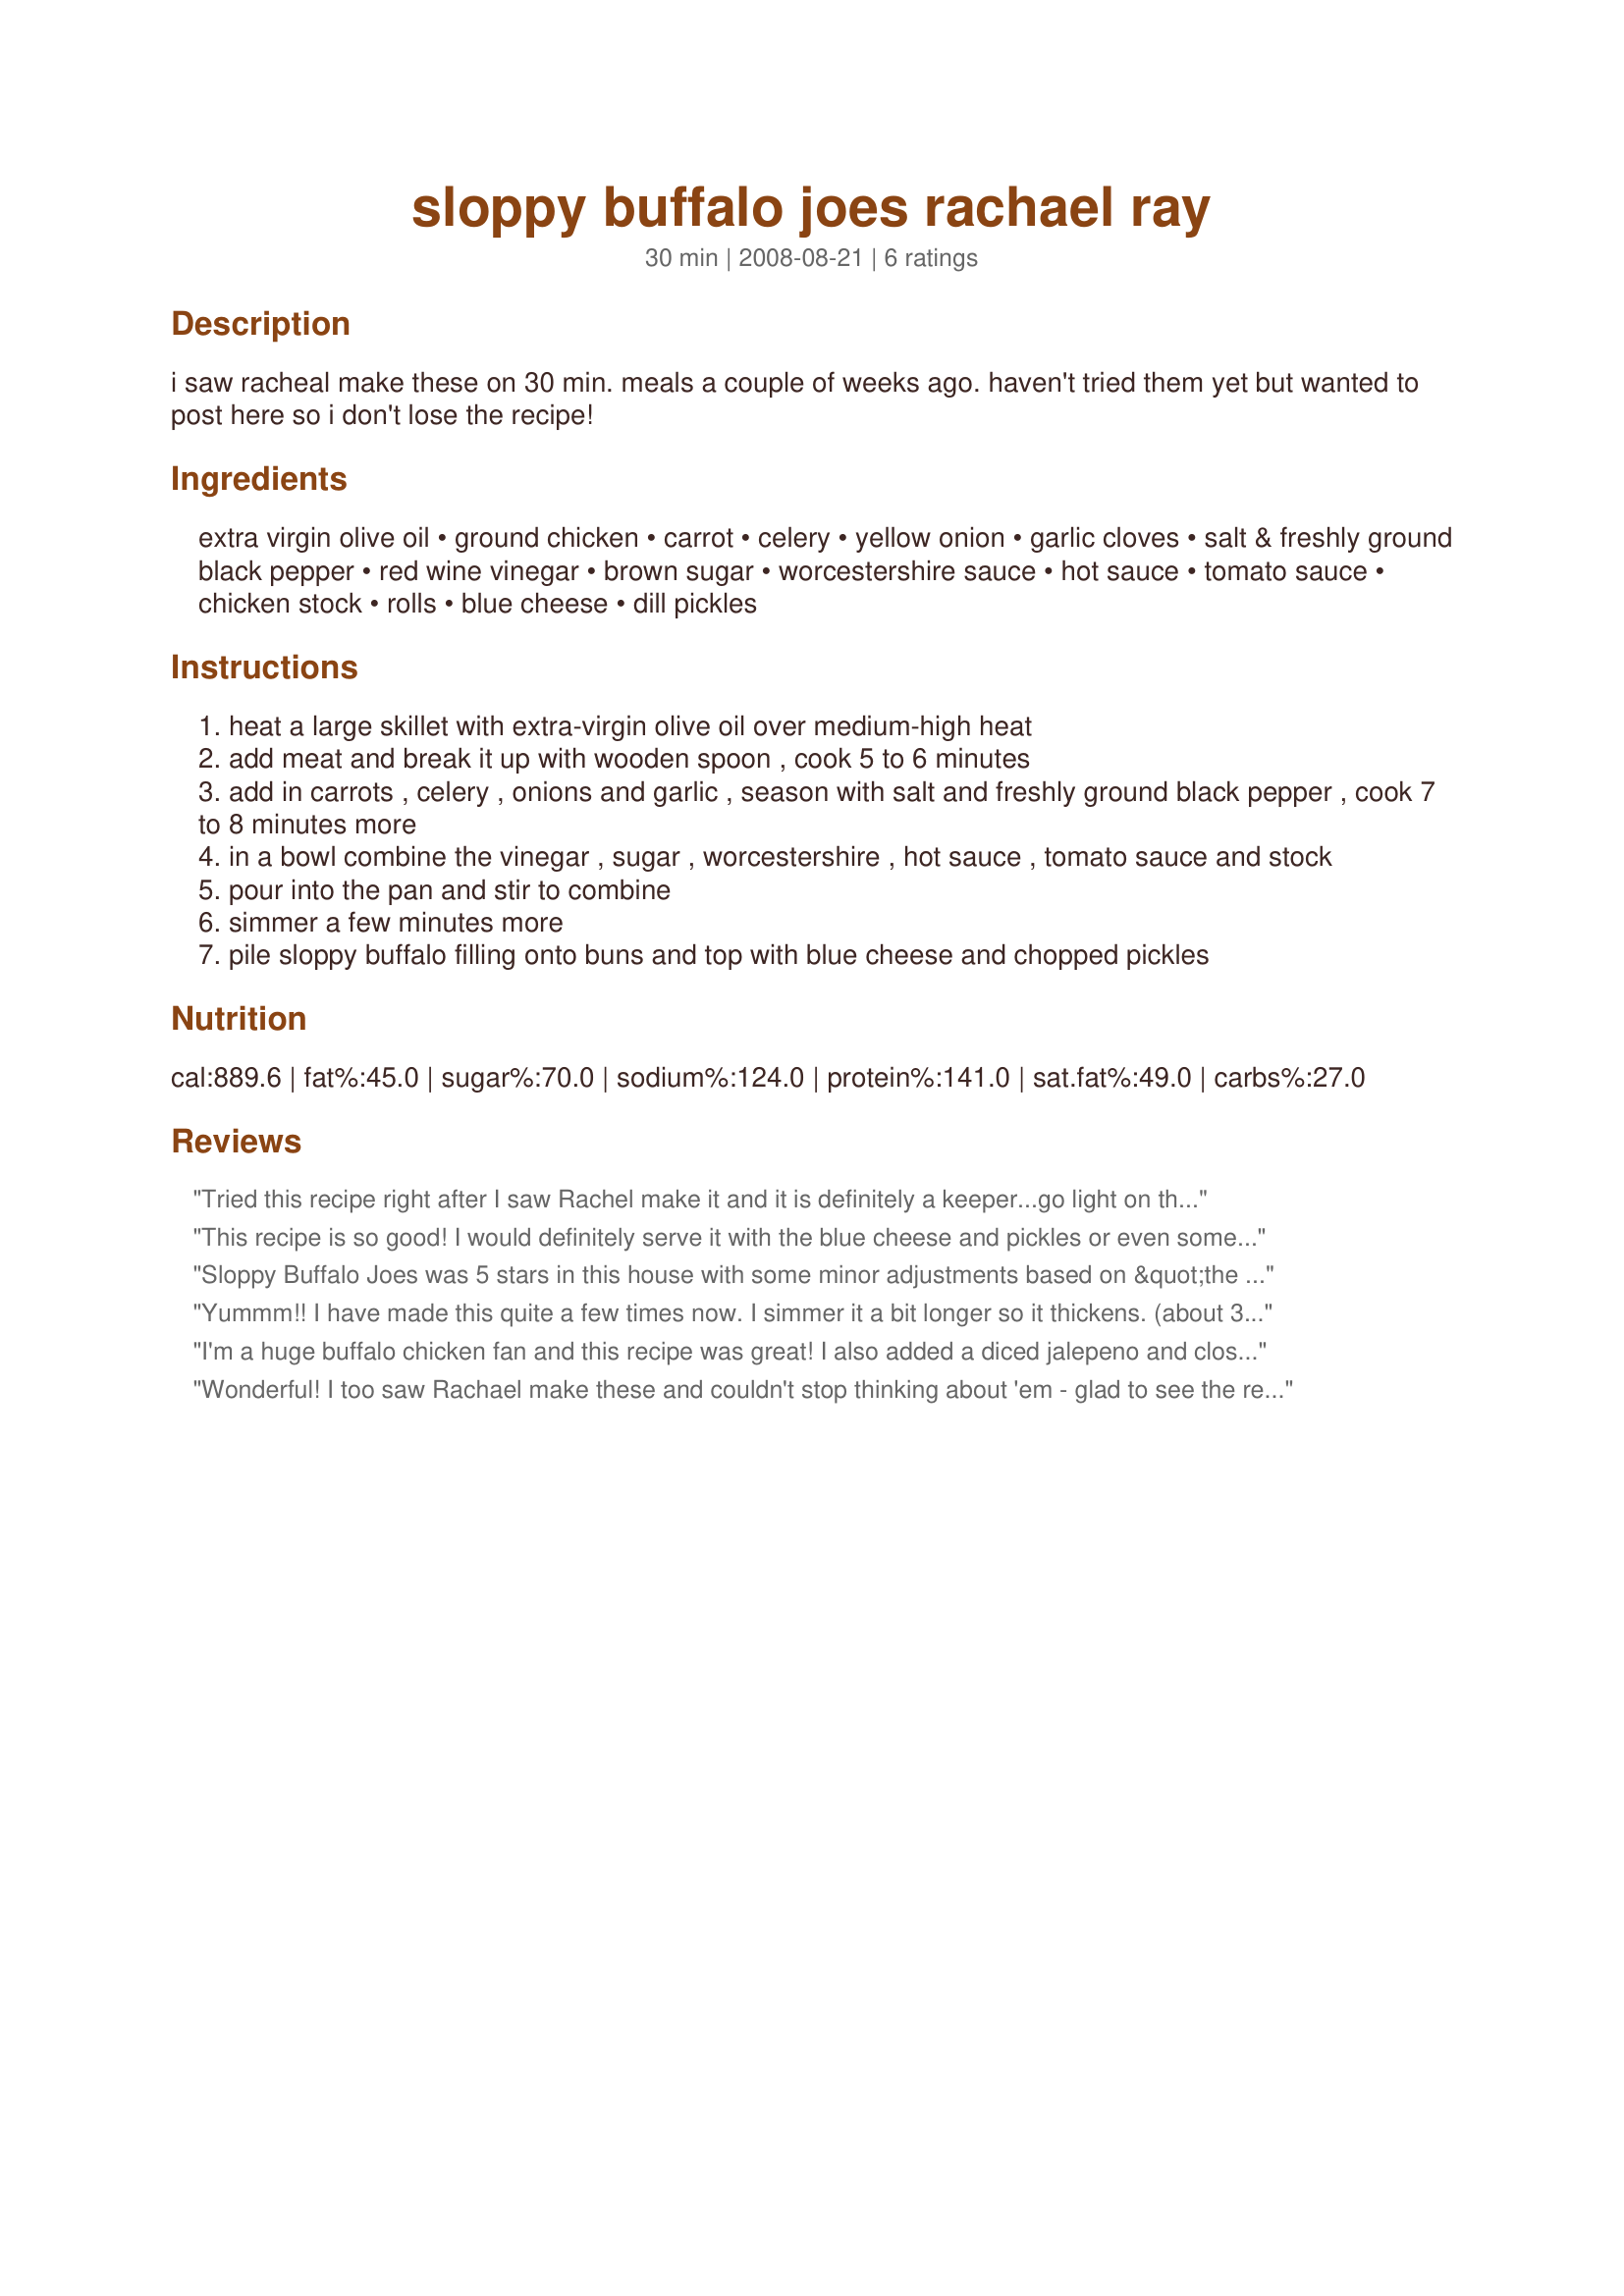
sloppy buffalo joes rachael ray
Preparation time: 30 minutes

i saw racheal make these on 30 min. meals a couple of weeks ago. haven't tried them yet but wanted to post here so i don't lose the recipe!

Ingredients:
extra virgin olive oil, ground chicken, carrot, celery, yellow onion, garlic cloves, salt & freshly ground black pepper, red wine vinegar, brown sugar, worcestershire sauce, hot sauce, tomato sauce, chicken stock, rolls, blue cheese, dill pickles

Steps:
heat a large skillet with extra-virgin olive oil over medium-high heat
add meat and break it up with wooden spoon , cook 5 to 6 minutes
add in carrots , celery , onions and garlic , season with salt and freshly ground black pepper , cook 7 to 8 minutes more
in a bowl combine the vinegar , sugar , worcestershire , hot sauce , tomato sauce and stock
pour into the pan and stir to combine
simmer a few minutes more
pile sloppy buffalo filling onto buns and top with blue cheese and chopped pickles

Reviews:
Tried this recipe right after I saw Rachel make it and it is definitely a keeper...go light on the hot sauce because it will make the joes watery.
This recipe is so good! I would definitely serve it with the blue cheese and pickles or even some blue cheese dressing. It was kept warm in a crock pot. Love it!
Sloppy Buffalo Joes was 5 stars in this house with some minor adjustments based on &quot;the joes&quot; turning out too runny for previous people. As written &quot;the joes&quot; may come out soupy. Using tomato paste instead of sauce and adding the chicken stock slowly while stirring to make sure that the consistency is to your desired thick or thinness are tricks that make the difference for us. These came out great and the family raved. The ground chicken is a welcome relief from beef some nights and this recipe comes together easily with a little preprep cutting vegetables earlier. The pickles and blue cheese are optional and these joes are superb without either but the addition takes it to another level. Definitely a keeper and will be added to our family's rotation.
Yummm!! I have made this quite a few times now. I simmer it a bit longer so it thickens. (about 30 minutes.) Also, instead of using 1 cup of tomato sauce, I use an 8oz can of tomato paste. I think Ranch dressing would work well too instead of the Blue Cheese, gonna try that next. Thanks for posting, cookie.
I'm a huge buffalo chicken fan and this recipe was great! I also added a diced jalepeno and closer to 2/3 c of red hot. (I wouldn't recommend most people to do this, I like it hot). I served it open faced on toasted kaiser rolls with blue cheese dressing. My husband thought it was tasty too and I will definitely make this again. If you like buffalo chicken and sloppy joes this is a great option. P.S. I had some leftovers, so the next day I use the extra joes to make buffalo chicken lettuce wraps. I think I liked those even better, and I may skip the bun next time!
Wonderful! I too saw Rachael make these and couldn't stop thinking about 'em - glad to see the recipe here. One important note for calorie counters like me (;)) - this recipe as written is for EIGHT servings, not FOUR - which changes the nutritional info drastically. These are really around 400 calories per serving. I made them even less by using whole wheat rolls and omitting the blue cheese. I did use a little of fat free ranch dressing and a tiny sliver of a laughing cow cheese wedge on my bread. I made the meat and sauce exactly as written here, and they are perfect. I used ground white turkey. I also think these would be great with low calorie shredded cheddar cheese mixed in at the end. I did that on my second batch and it worked great. Thanks so much for sharing - this is a great guiltless keeper!! :)
